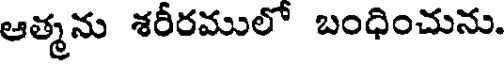
ఆత్మను శరీరములో బంధించును.